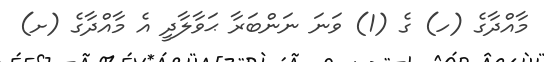
މާއްދާގެ (ހ) ގެ (1) ވަނަ ނަންބަރާ ޙަވާލާދީ އެ މާއްދާގެ (ށ)